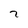
Character: 7